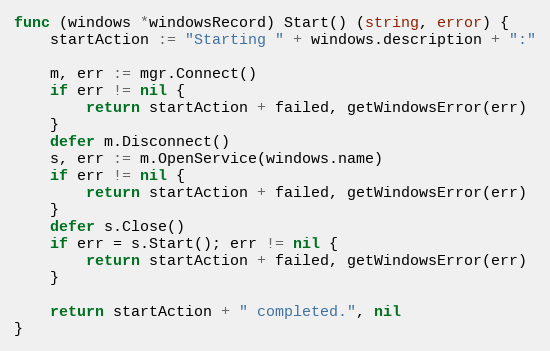
Language: Go
func (windows *windowsRecord) Start() (string, error) {
	startAction := "Starting " + windows.description + ":"

	m, err := mgr.Connect()
	if err != nil {
		return startAction + failed, getWindowsError(err)
	}
	defer m.Disconnect()
	s, err := m.OpenService(windows.name)
	if err != nil {
		return startAction + failed, getWindowsError(err)
	}
	defer s.Close()
	if err = s.Start(); err != nil {
		return startAction + failed, getWindowsError(err)
	}

	return startAction + " completed.", nil
}